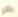
بانر